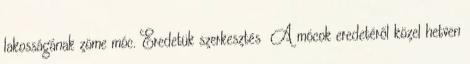
lakosságának zöme móc. Eredetük szerkesztés A mócok eredetéről közel hetven